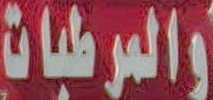
والمرطبات